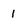
Character: 1